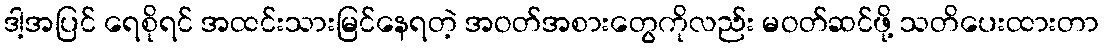
ဒါ့အပြင် ရေစိုရင် အထင်းသားမြင်နေရတဲ့ အဝတ်အစားတွေကိုလည်း မဝတ်ဆင်ဖို့ သတိပေးထားတာ